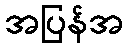
အပြန်အ